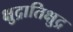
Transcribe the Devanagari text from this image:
क्षुद्रातिक्षुद्र